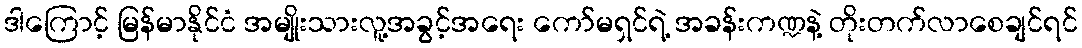
ဒါကြောင့် မြန်မာနိုင်ငံ အမျိုးသားလူ့အခွင့်အရေး ကော်မရှင်ရဲ့ အခန်းကဏ္ဍနဲ့ တိုးတက်လာစေချင်ရင်